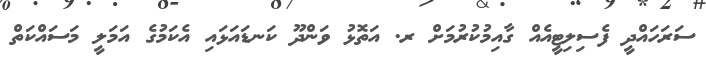
ސަރަހައްދީ ފެސިލިޓީއެއް ގާއިމުކުރުމަށް ރ. އަތޮޅު ވަންދޫ ކަނޑައަޅައި އެކަމުގެ އަމަލީ މަސައްކަތް